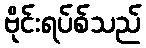
ဗိုင်းရပ်စ်သည်